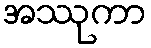
အဿုကာ